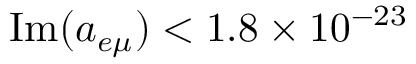
\mathrm { I m } ( a _ { e \mu } ) < 1 . 8 \times 1 0 ^ { - 2 3 }